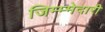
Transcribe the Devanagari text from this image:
जिम्म्मेदारी